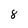
Character: 8